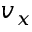
v _ { x }